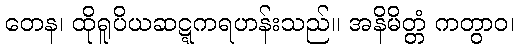
တေန၊ ထိုရူပိယဆဋ္ဋကရဟန်းသည်။ အနိမိတ္တံ ကတွာဝ၊